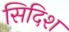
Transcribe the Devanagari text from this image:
सिदिश